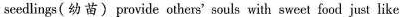
seedlings(幼苗)provide others' souls with sweet food just like